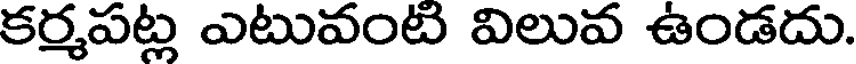
కర్మపట్ల ఎటువంటి విలువ ఉండదు.